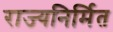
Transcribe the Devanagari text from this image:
राज्यनिर्मित